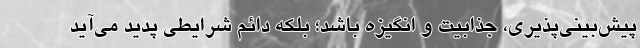
پیش‌بینی‌پذیری، جذابیت و انگیزه باشد؛ بلکه دائم شرایطی پدید می‌آید